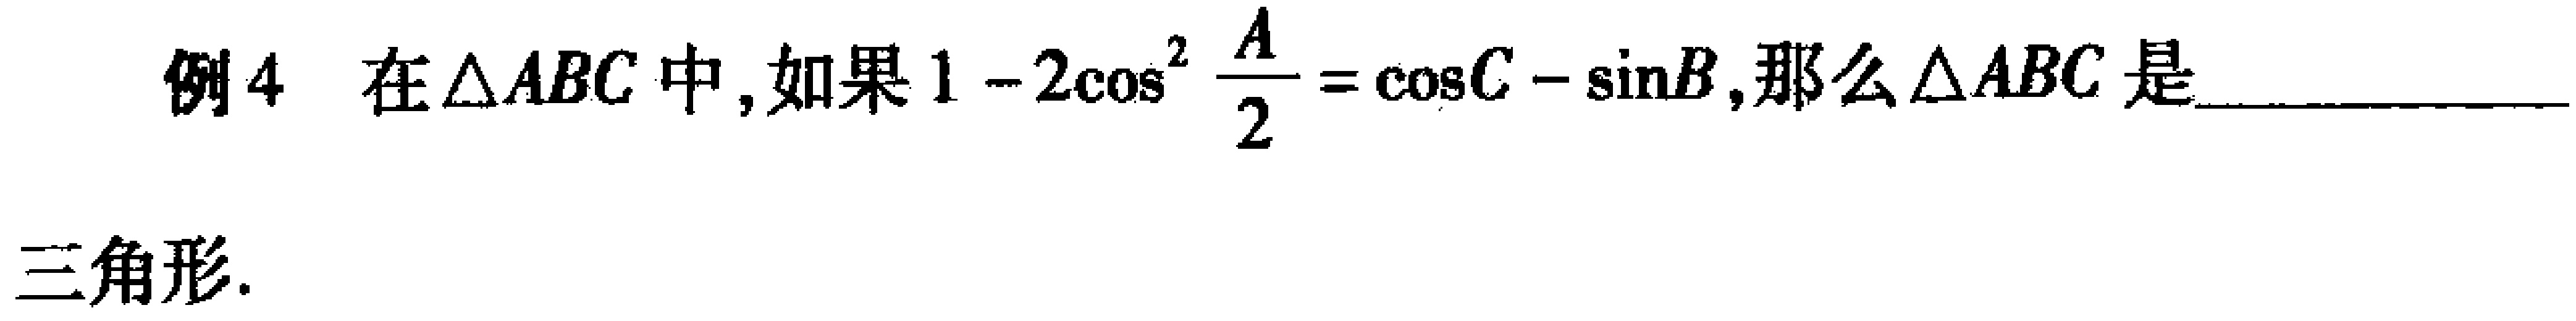
例4 在$\triangle ABC$中，如果$1 - 2\cos^{2} \frac{A}{2} = \cos C - \sin B$，那么$\triangle ABC$是________________三角形.